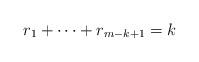
LaTeX: \begin{align*}r_1+\cdots +r_{m-k+1}=k\end{align*}